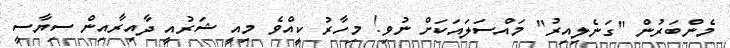
މެންބަރުން "ގަނެލިއިރު" މައްސަލައަކަށް ނުވި! މިހާރު ކީއްވެ މިއީ ޝަރުއީ ދާއިރާއިން ސިޔާސީ